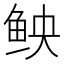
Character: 𫚐